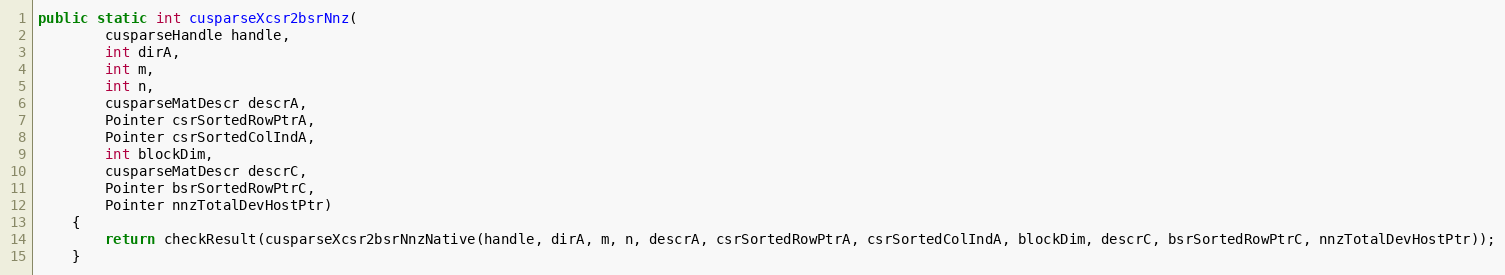
Language: Java
public static int cusparseXcsr2bsrNnz(
        cusparseHandle handle,
        int dirA,
        int m,
        int n,
        cusparseMatDescr descrA,
        Pointer csrSortedRowPtrA,
        Pointer csrSortedColIndA,
        int blockDim,
        cusparseMatDescr descrC,
        Pointer bsrSortedRowPtrC,
        Pointer nnzTotalDevHostPtr)
    {
        return checkResult(cusparseXcsr2bsrNnzNative(handle, dirA, m, n, descrA, csrSortedRowPtrA, csrSortedColIndA, blockDim, descrC, bsrSortedRowPtrC, nnzTotalDevHostPtr));
    }